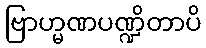
ဗြာဟ္မဏပဏ္ဍိတာပိ